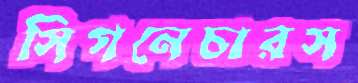
সিগনেচারস